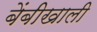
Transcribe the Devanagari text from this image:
बेंबीखाली